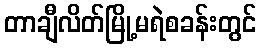
တာချီလိတ်မြို့မရဲစခန်းတွင်